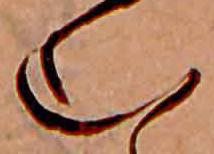
む